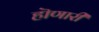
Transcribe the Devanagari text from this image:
हॊणारी